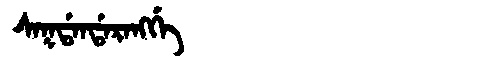
Manchu: ᠰᠠᡴᡩᠠᠨᡩᠠᡵᠠᠩᡤᡝ
Romanization: SAKDANDARANGGE